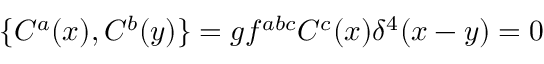
\{ C ^ { a } ( x ) , C ^ { b } ( y ) \} = g f ^ { a b c } C ^ { c } ( x ) \delta ^ { 4 } ( x - y ) = 0